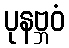
ပုနဗ္ဘဝံ